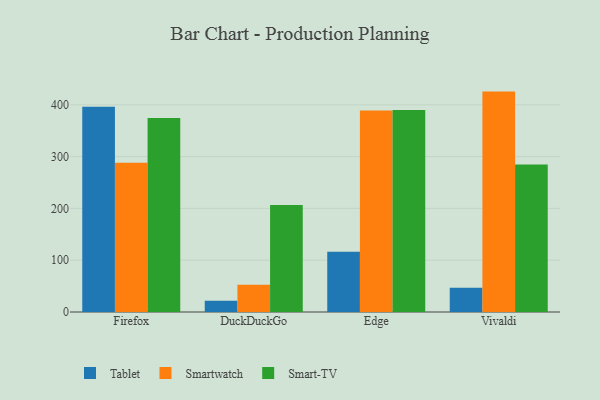
{"axis": {"x": "Browser", "y": "Shipments"}, "legend": ["Smart-TV", "Smartwatch", "Tablet"], "data": [{"x": "Firefox", "y": 396.4, "type": "Tablet"}, {"x": "Firefox", "y": 288.0, "type": "Smartwatch"}, {"x": "Firefox", "y": 374.4, "type": "Smart-TV"}, {"x": "DuckDuckGo", "y": 21.7, "type": "Tablet"}, {"x": "DuckDuckGo", "y": 52.6, "type": "Smartwatch"}, {"x": "DuckDuckGo", "y": 206.4, "type": "Smart-TV"}, {"x": "Edge", "y": 116.5, "type": "Tablet"}, {"x": "Edge", "y": 389.2, "type": "Smartwatch"}, {"x": "Edge", "y": 390.1, "type": "Smart-TV"}, {"x": "Vivaldi", "y": 47.0, "type": "Tablet"}, {"x": "Vivaldi", "y": 425.5, "type": "Smartwatch"}, {"x": "Vivaldi", "y": 284.7, "type": "Smart-TV"}]}